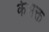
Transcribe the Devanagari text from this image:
केभक्त